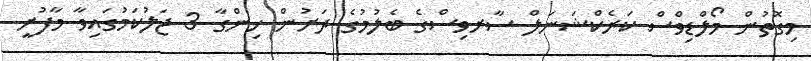
މިގޮތުން މޯލްޑިވްސް ކަރެކްޝަނަލް ސާރވިސްގެ ބެލުމުގެ ދަށުން ހިންގާ 3 ޖަލުކަމުގައިވާ މާފުށީ